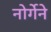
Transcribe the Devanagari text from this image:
नोर्गेने